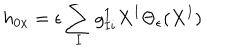
h _ { 0 x } = \epsilon \sum _ { I } g _ { I i } ^ { 1 } X ^ { I } \Theta _ { \epsilon } ( X ^ { I } )